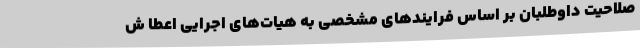
صلاحیت داوطلبان بر اساس فرایندهای مشخصی به هیات‌های اجرایی اعطا ش